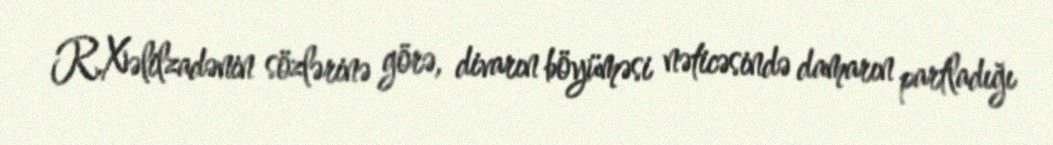
R.Xəlilzadənin sözlərinə görə, divarın böyüməsi nəticəsində damarın partladığı